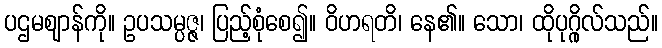
ပဌမဈာန်ကို။ ဥပသမ္ပဇ္ဇ၊ ပြည့်စုံစေ၍။ ဝိဟရတိ၊ နေ၏။ သော၊ ထိုပုဂ္ဂိုလ်သည်။